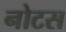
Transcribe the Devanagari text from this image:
नोटस